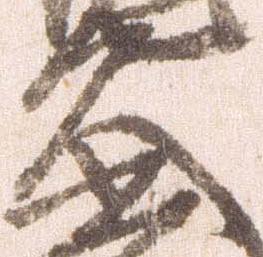
久